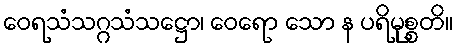
ဝေရသံသဂ္ဂသံသဋ္ဌော၊ ဝေရော သော န ပရိမုစ္စတိ။